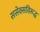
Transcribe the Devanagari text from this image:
ससेक्सविरूद्ध